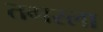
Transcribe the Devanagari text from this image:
तगरला